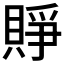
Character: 𧶄